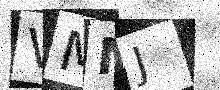
Text: VMMJ